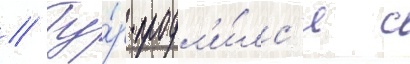
// Ту́р продл'и́лс'я с